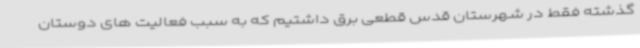
گذشته فقط در شهرستان قدس قطعی برق داشتیم که به سبب فعالیت های دوستان